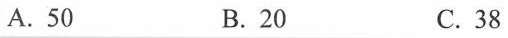
A.50 B.20 C.38